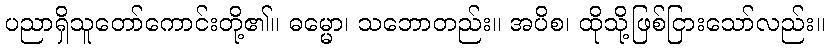
ပညာရှိသူတော်ကောင်းတို့၏။ ဓမ္မော၊ သဘောတည်း။ အပိစ၊ ထိုသို့ဖြစ်ငြားသော်လည်း။